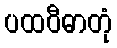
ပထဝီဓာတုံ